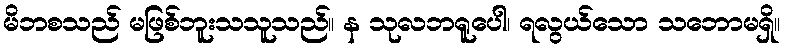
မိဘစသည် မဖြစ်ဘူးသသူသည်။ န သုလဘရူပေါ၊ ရလွယ်သော သဘောမရှိ။